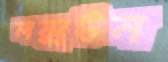
লক্সটন